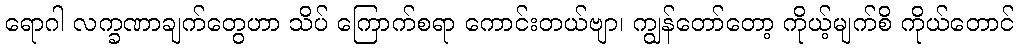
ရောဂါ လက္ခဏာချက်တွေဟာ သိပ် ကြောက်စရာ ကောင်းတယ်ဗျာ၊ ကျွန်တော်တော့ ကိုယ့်မျက်စိ ကိုယ်တောင်